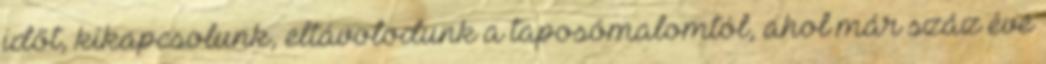
időt, kikapcsolunk, eltávolodunk a taposómalomtól, ahol már száz éve